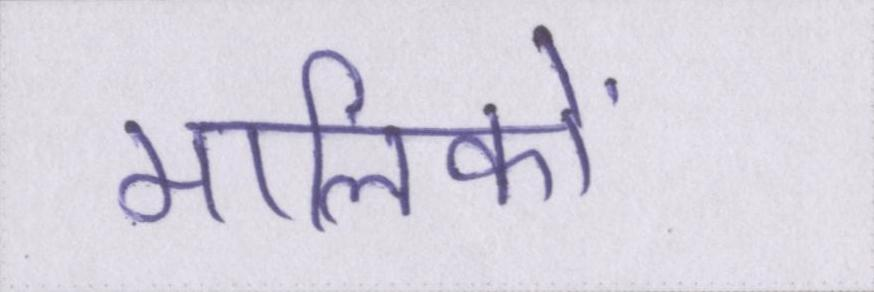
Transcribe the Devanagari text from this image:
मालिकों